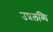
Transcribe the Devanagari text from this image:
उप्रलब्धि